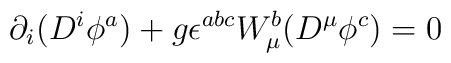
\partial _i ( D^i \phi ^a ) + g \epsilon^{abc} W _{\mu} ^b( D ^{\mu} \phi ^c ) = 0